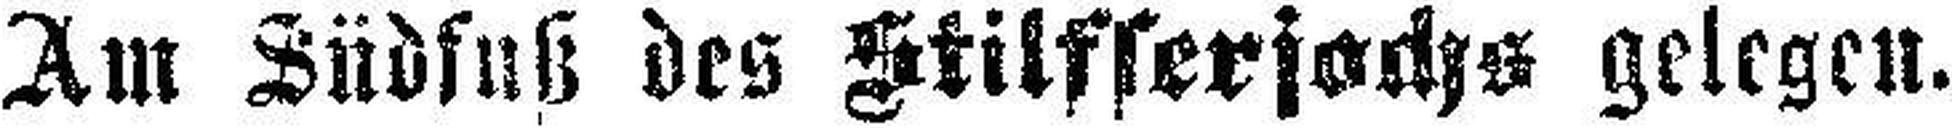
Am Südfuß des Stilfserjochs gelegen.